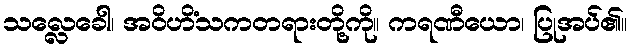
သလ္လေခေါ၊ အဝိဟိံသကတရားတို့ကို။ ကရဏီယော၊ ပြုအပ်၏။